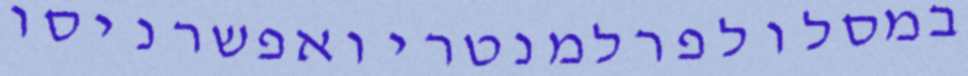
במסלולפרלמנטריואפשרניסו